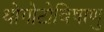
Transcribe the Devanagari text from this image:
थोगोटोविषाणु